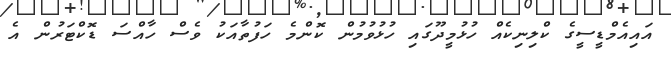
އައިއެމްޑީސީގެ ކްލިނިކެއް ހުޅުމީދޫގައި ހުޅުވުމުން ކޮންމެ ހަފުތާއަކު ވެސް ހާއްސަ ޑޮކްޓަރުން އެ